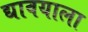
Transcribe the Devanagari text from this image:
द्यावयाला